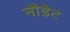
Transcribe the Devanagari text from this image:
नौडेट